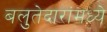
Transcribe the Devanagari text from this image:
बलुतेदारांमध्ये